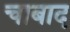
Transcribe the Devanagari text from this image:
चाबाद